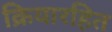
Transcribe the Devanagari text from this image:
क्रियारहित